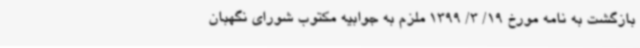
بازگشت به نامه مورخ 19/ 3/ 1399 ملزم به جوابیه مکتوب شورای نگهبان